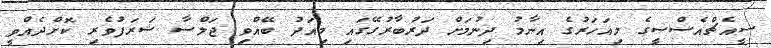
ސީއެޗްއެސްސީގެ މިއަހަރުގެ އިނާމު ދިނުމަށް ދަރުބާރުގޭގައި މިއަދު ބޭއްވި ޖަލްސާ ޝަރަފުވެރި ކޮށްދެއްވީ